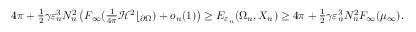
\begin{array} { r } { 4 \pi + \frac 1 2 \gamma \varepsilon _ { n } ^ { 3 } N _ { n } ^ { 2 } \left( F _ { \infty } ( \frac { 1 } { 4 \pi } \mathcal H ^ { 2 } \lfloor _ { \partial \Omega } ) + o _ { n } ( 1 ) \right) \geq E _ { \varepsilon _ { n } } ( \Omega _ { n } , X _ { n } ) \geq 4 \pi + \frac 1 2 \gamma \varepsilon _ { n } ^ { 3 } N _ { n } ^ { 2 } F _ { \infty } ( \mu _ { \infty } ) . } \end{array}